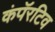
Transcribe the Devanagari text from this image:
कंपॅरटिव